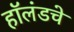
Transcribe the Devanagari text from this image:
हॉलंडचे